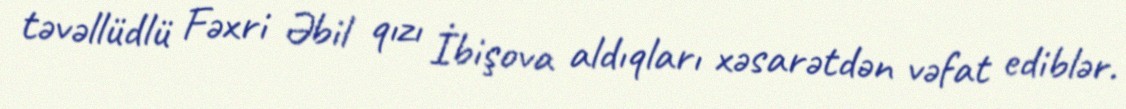
təvəllüdlü Fəxri Əbil qızı İbişova aldıqları xəsarətdən vəfat ediblər.